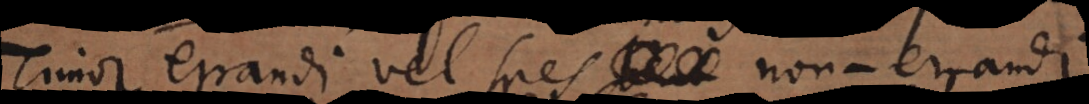
Timor errandi vel spes non‐errandi